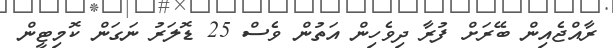
ރާއްޖެއިން ބޭރަށް ފުރާ ދިވެހިން އަތުން ވެސް 25 ޑޮލަރު ނަގަން ކޮމިޓީން